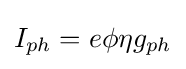
I_{ph}=e\phi \eta g_{ph}